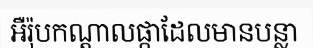
អឺរ៉ុបកណ្តាលផ្កាដែលមានបន្លា